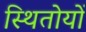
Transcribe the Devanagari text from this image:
स्थितोयों